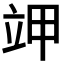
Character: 𰣄